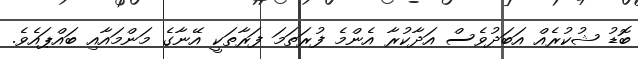
ބޮޑު ޝުކުރެއް އަބަދުވެސް އަދާކުރާ އެންމެ ފުރަތަމަ ފަރާތަކީ އޭނާގެ މަންމައާއި ބައްޕައެވެ.